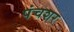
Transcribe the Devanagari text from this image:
पंचशर